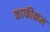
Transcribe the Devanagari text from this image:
काफीकम